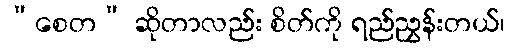
“စေတ” ဆိုတာလည်း စိတ်ကို ရည်ညွှန်းတယ်၊